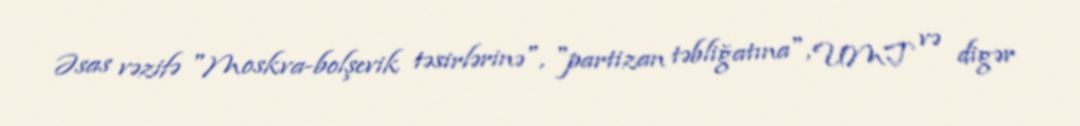
Əsas vəzifə "Moskva-bolşevik təsirlərinə", "partizan təbliğatına", UMT və digər